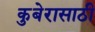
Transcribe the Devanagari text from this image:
कुबेरासाठी